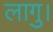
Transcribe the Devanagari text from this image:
लागु।